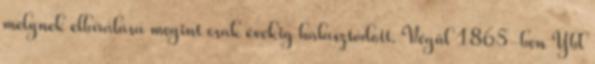
melynek elbírálása megint csak évekig halasztódott. Végül 1865-ben Ybl